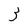
Character: 3